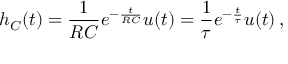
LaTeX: h _ { C } ( t ) = { \frac { 1 } { R C } } e ^ { - { \frac { t } { R C } } } u ( t ) = { \frac { 1 } { \tau } } e ^ { - { \frac { t } { \tau } } } u ( t ) \, ,